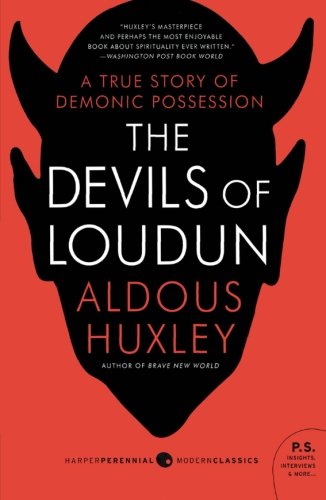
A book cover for The Devils of Loudun; Aldous Huxley; History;